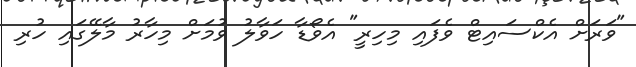
"ވަރަށް އެކްސައިޓް ވެފައި މިހިރީ" އެވޯޑާ ހަވާލު ވުމަށް މިހާރު މާލޭގައި ހުރި